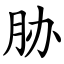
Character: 胁